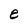
Character: e